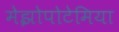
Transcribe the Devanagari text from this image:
मेझोपोटेमिया